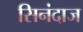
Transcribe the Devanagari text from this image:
सिनंदाज